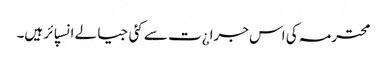
محترمہ کی اس جرا¿ت سے کئی جیالے انسپائر ہیں۔